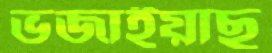
ভজাইয়াছ